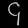
Digit: ၄